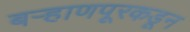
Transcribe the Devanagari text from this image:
बऱ्हाणपूरकडून